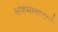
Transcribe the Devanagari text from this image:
अहिंसावादाची